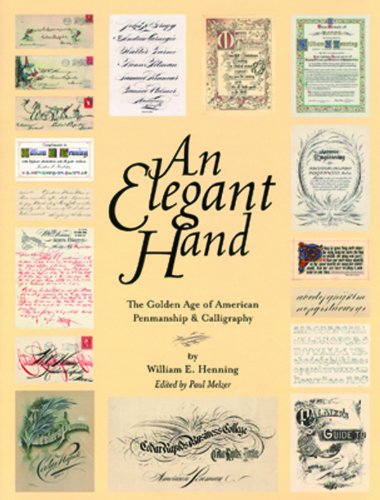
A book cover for An Elegant Hand: The Golden Age of American Penmanship and Calligraphy; William E. Henning; Arts & Photography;